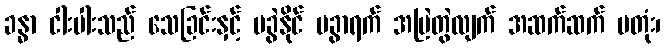
ခန္ဓာ ငါးပါးသည် သေခြင်းနှင့် မခွဲနိုင် မခွာရက် အမြဲတွဲလျက် အဆက်ဆက် မတုံး၊